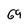
Character: 0